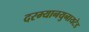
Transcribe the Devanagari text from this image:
दरम्यानयुनायटेड